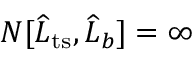
N [ \widehat { L } _ { \mathrm { t s } } , \widehat { L } _ { b } ] = \infty